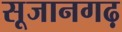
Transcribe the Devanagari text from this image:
सूजानगढ़